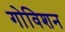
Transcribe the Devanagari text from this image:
गोविशन